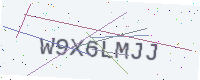
Text: W9X6LMJJ